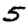
Digit: 5